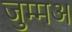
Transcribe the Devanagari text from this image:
जुम्मअ